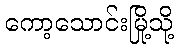
ကော့သောင်းမြို့သို့